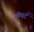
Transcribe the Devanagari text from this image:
लॅम्पर्ट